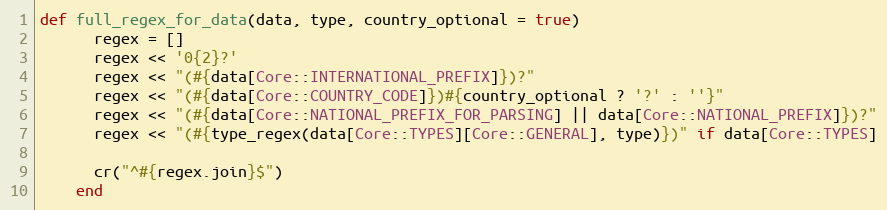
Language: Ruby
def full_regex_for_data(data, type, country_optional = true)
      regex = []
      regex << '0{2}?'
      regex << "(#{data[Core::INTERNATIONAL_PREFIX]})?"
      regex << "(#{data[Core::COUNTRY_CODE]})#{country_optional ? '?' : ''}"
      regex << "(#{data[Core::NATIONAL_PREFIX_FOR_PARSING] || data[Core::NATIONAL_PREFIX]})?"
      regex << "(#{type_regex(data[Core::TYPES][Core::GENERAL], type)})" if data[Core::TYPES]

      cr("^#{regex.join}$")
    end